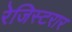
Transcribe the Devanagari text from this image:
रेजिस्टरार